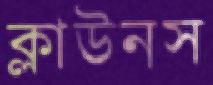
ক্লাউনস